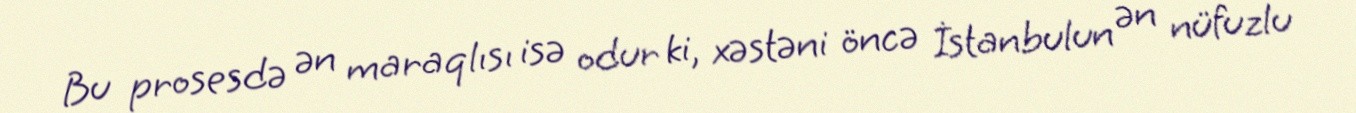
Bu prosesdə ən maraqlısı isə odur ki, xəstəni öncə İstanbulun ən nüfuzlu